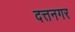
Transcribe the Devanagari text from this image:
दत्तनगर